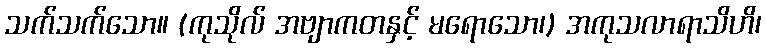
သက်သက်သော။ (ကုသိုလ် အဗျာကတနှင့် မရောသော၊) အကုသလာရာသိဟိ၊